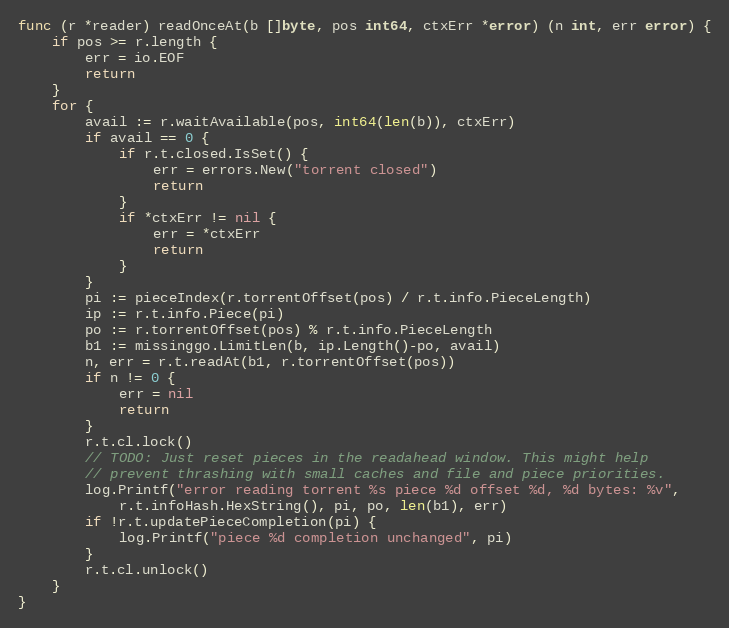
Language: Go
func (r *reader) readOnceAt(b []byte, pos int64, ctxErr *error) (n int, err error) {
	if pos >= r.length {
		err = io.EOF
		return
	}
	for {
		avail := r.waitAvailable(pos, int64(len(b)), ctxErr)
		if avail == 0 {
			if r.t.closed.IsSet() {
				err = errors.New("torrent closed")
				return
			}
			if *ctxErr != nil {
				err = *ctxErr
				return
			}
		}
		pi := pieceIndex(r.torrentOffset(pos) / r.t.info.PieceLength)
		ip := r.t.info.Piece(pi)
		po := r.torrentOffset(pos) % r.t.info.PieceLength
		b1 := missinggo.LimitLen(b, ip.Length()-po, avail)
		n, err = r.t.readAt(b1, r.torrentOffset(pos))
		if n != 0 {
			err = nil
			return
		}
		r.t.cl.lock()
		// TODO: Just reset pieces in the readahead window. This might help
		// prevent thrashing with small caches and file and piece priorities.
		log.Printf("error reading torrent %s piece %d offset %d, %d bytes: %v",
			r.t.infoHash.HexString(), pi, po, len(b1), err)
		if !r.t.updatePieceCompletion(pi) {
			log.Printf("piece %d completion unchanged", pi)
		}
		r.t.cl.unlock()
	}
}